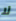
لا